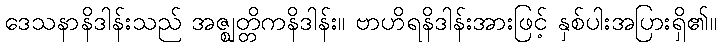
ဒေသနာနိဒါန်းသည် အဇ္ဈတ္တိကနိဒါန်း။ ဗာဟိရနိဒါန်းအားဖြင့် နှစ်ပါးအပြားရှိ၏။